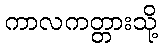
ကာလကတ္တားသို့